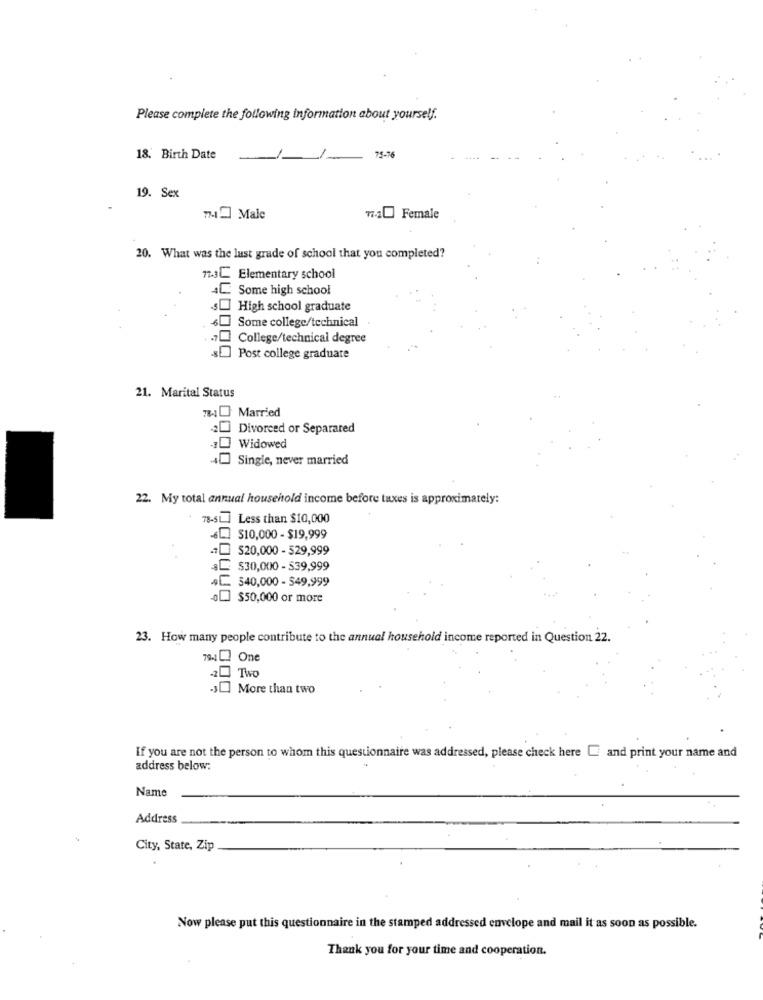
Please complete the following information about yourself.
18. Birth Date
1
75-7
19. Sex
7. Male
77.a Female
20. What was the last grade of school that you completed?
7.3C Elementary school
4L. Some high school
s] High school graduate
Some college/technical
College/technical degree
Post college graduate
21. Marital Status
7841 Married
-20 Divorced or Separated
-1 Widowed
40 Single, never married
22. My total annual household income before taxes is approximately:
78-SL ] Less than $10,000
6L $10,000 - $19,999
$20,000 - 529,999
C $30,000 - $39,999
540,000 - 549,999
oL] $50,000 or more
23. How many people contribute to the annual household income reported in Question 22.
79.1 One
20 Two
-3 More than two
If you are not the person to whom this questionnaire was addressed, please check here [ and print your name and
address below:
Name
Address
City, State, Zip
Now please put this questionnaire in the stamped addressed envelope and mail it as soon as possible.
Thank you for your time and cooperation.